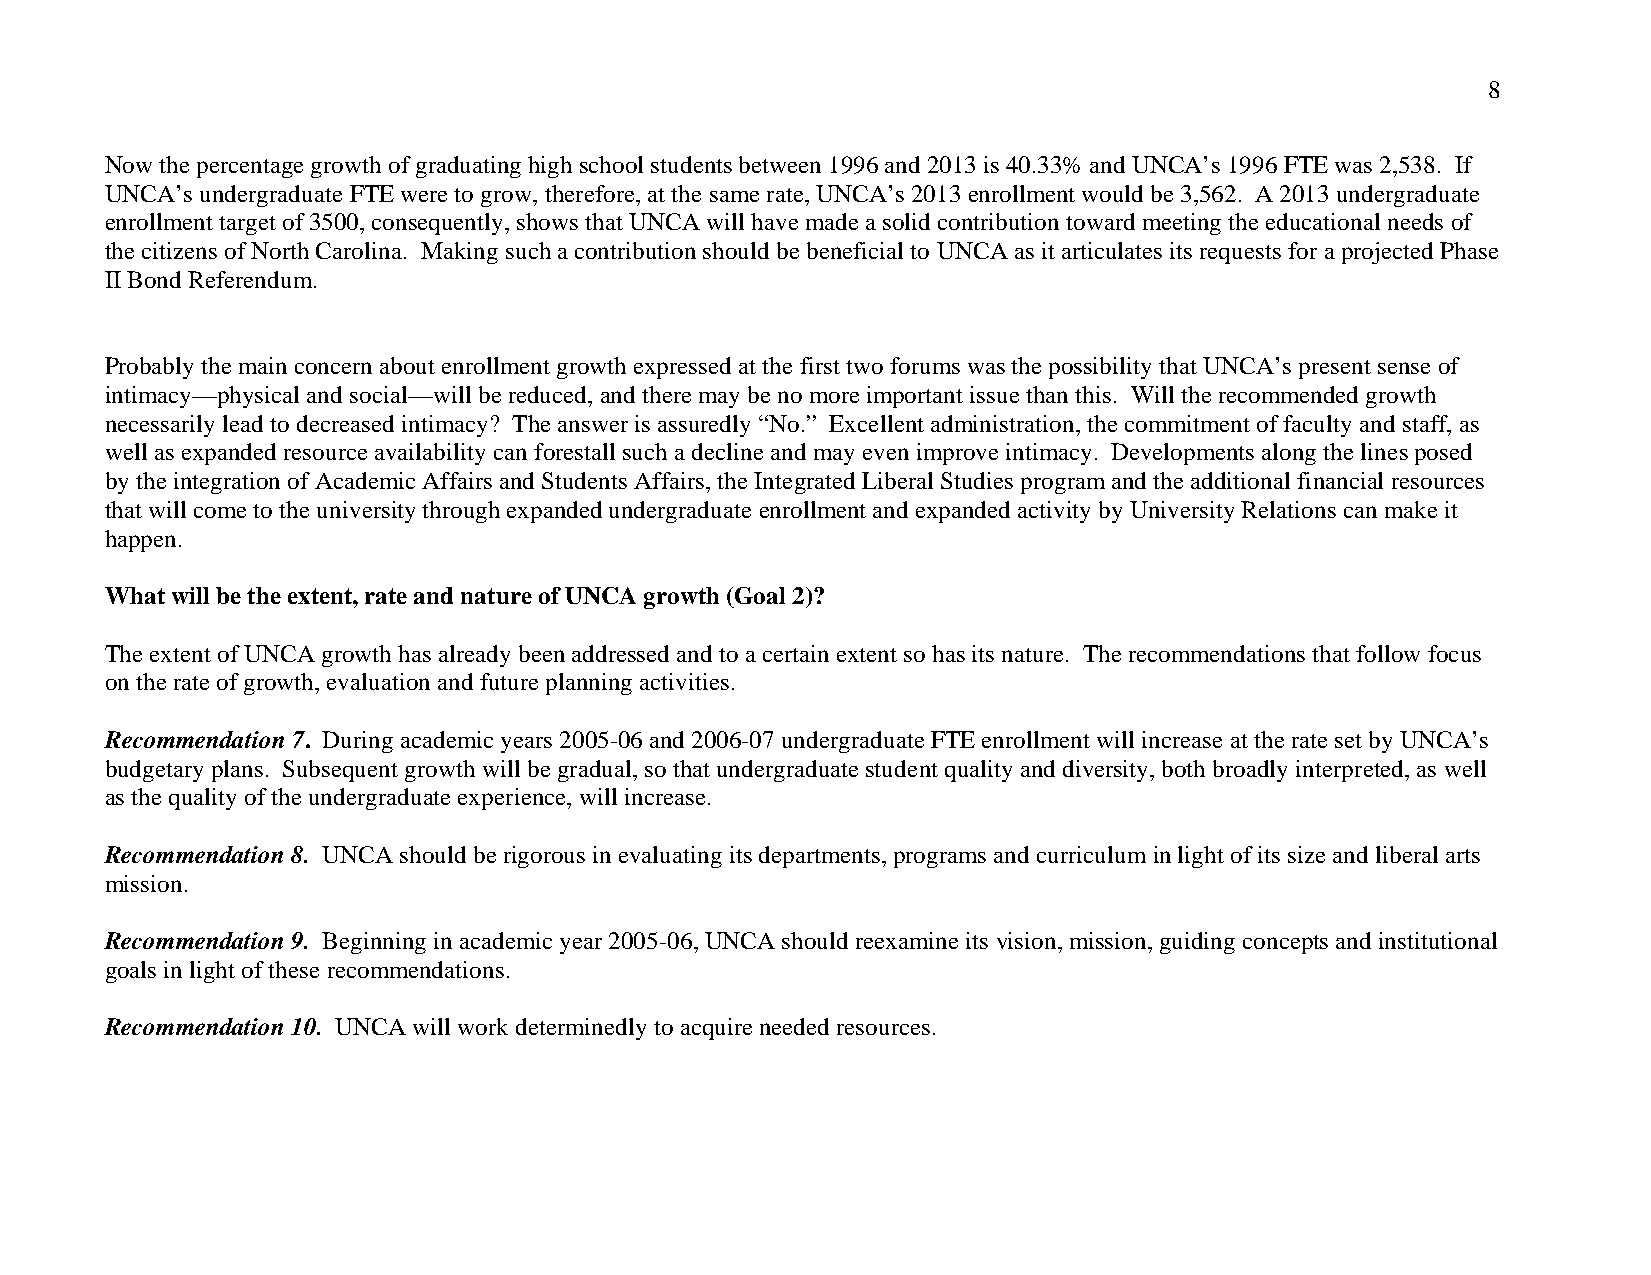
8
 Now the percentage growth of graduating high school students between 1996 and 2013 is 40.33% and UNCA’s 1996 FTE was 2,538. If
 UNCA’s undergraduate FTE were to grow, therefore, at the same rate, UNCA’s 2013 enrollment would be 3,562. A 2013 undergraduate
 enrollment target of 3500, consequently, shows that UNCA will have made a solid contribution toward meeting the educational needs of
 the citizens of North Carolina. Making such a contribution should be beneficial to UNCA as it articulates its requests for a projected Phase
 II Bond Referendum.
 Probably the main concern about enrollment growth expressed at the first two forums was the possibility that UNCA’s present sense of
 intimacy—physical and social—will be reduced, and there may be no more important issue than this. Will the recommended growth
 necessarily lead to decreased intimacy? The answer is assuredly “No.” Excellent administration, the commitment of faculty and staff, as
 well as expanded resource availability can forestall such a decline and may even improve intimacy. Developments along the lines posed
 by the integration of Academic Affairs and Students Affairs, the Integrated Liberal Studies program and the additional financial resources
 that will come to the university through expanded undergraduate enrollment and expanded activity by University Relations can make it
 happen.
 What will be the extent, rate and nature of UNCA growth (Goal 2)?
 The extent of UNCA growth has already been addressed and to a certain extent so has its nature. The recommendations that follow focus
 on the rate of growth, evaluation and future planning activities.
 Recommendation 7. During academic years 2005-06 and 2006-07 undergraduate FTE enrollment will increase at the rate set by UNCA’s
 budgetary plans. Subsequent growth will be gradual, so that undergraduate student quality and diversity, both broadly interpreted, as well
 as the quality of the undergraduate experience, will increase.
 Recommendation 8. UNCA should be rigorous in evaluating its departments, programs and curriculum in light of its size and liberal arts
 mission.
 Recommendation 9. Beginning in academic year 2005-06, UNCA should reexamine its vision, mission, guiding concepts and institutional
 goals in light of these recommendations.
 Recommendation 10. UNCA will work determinedly to acquire needed resources.